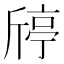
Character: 𣂴